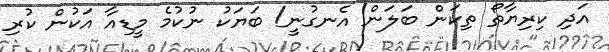
އަދި ކިރިޔާތޯ ތިކަން ބަލަން އެނގުނީ! ބަޔަކު ނުކުމެ މީޑިއާ އަކުން ކުރި